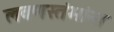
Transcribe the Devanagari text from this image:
लवणस्तंभांना